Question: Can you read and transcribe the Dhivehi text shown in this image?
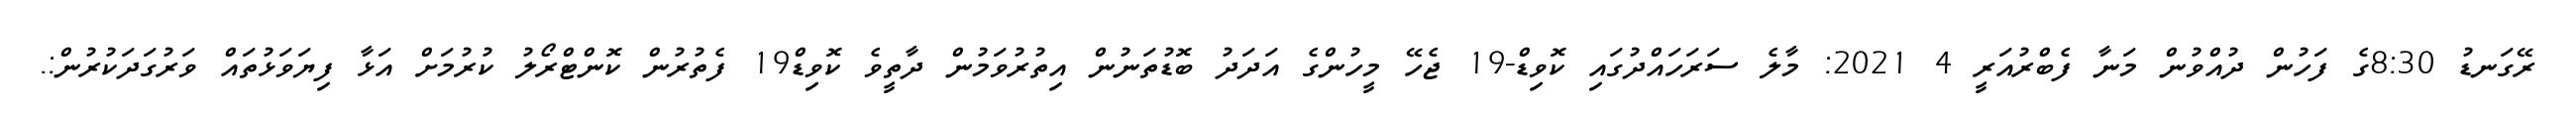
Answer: ރޭގަނޑު 8:30ގެ ފަހުން ދުއްވުން މަނާ ފެބްރުއަރީ 4 2021: މާލެ ސަރަހައްދުގައި ކޮވިޑް-19 ޖެހޭ މީހުންގެ އަދަދު ބޮޑުތަނުން އިތުރުވަމުން ދާތީވެ ކޮވިޑް19 ފެތުރުން ކޮންޓްރޯލު ކުރުމަށް އަޅާ ފިޔަވަޅުތައް ވަރުގަދަކުރުން:.